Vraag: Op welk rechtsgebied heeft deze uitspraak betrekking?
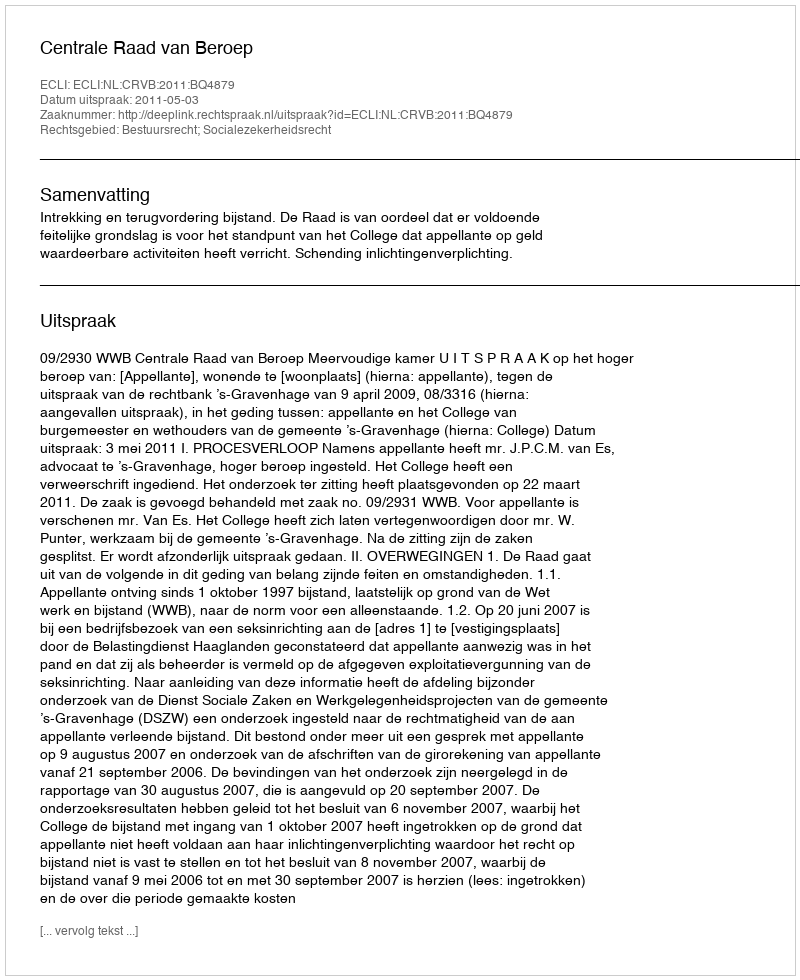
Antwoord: Bestuursrecht; Socialezekerheidsrecht